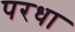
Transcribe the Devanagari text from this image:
परधा